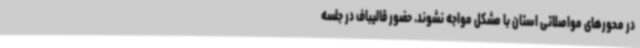
در محورهای مواصلاتی استان با مشکل مواجه نشوند. حضور قالیباف در جلسه